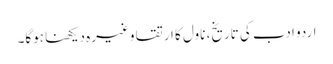
اردو ادب کی تاریخ، ناول کا ارتقا وغیرہ دیکھنا ہوگا۔